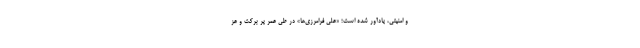
و امنیتی، یادآور شده است؛ «علی فرامرزی‌ها» در طی عمر پر برکت و عز